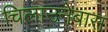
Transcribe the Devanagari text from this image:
चिलाउनेबास